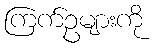
ကြက်ဥများကို